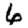
Digit: 6